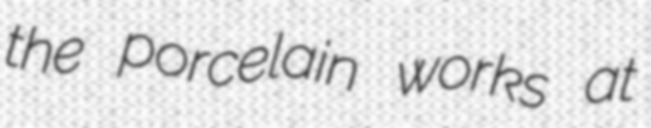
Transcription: the porcelain works at